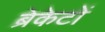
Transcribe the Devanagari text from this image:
ब्रेकेटों